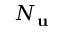
N _ { \mathbf { u } }